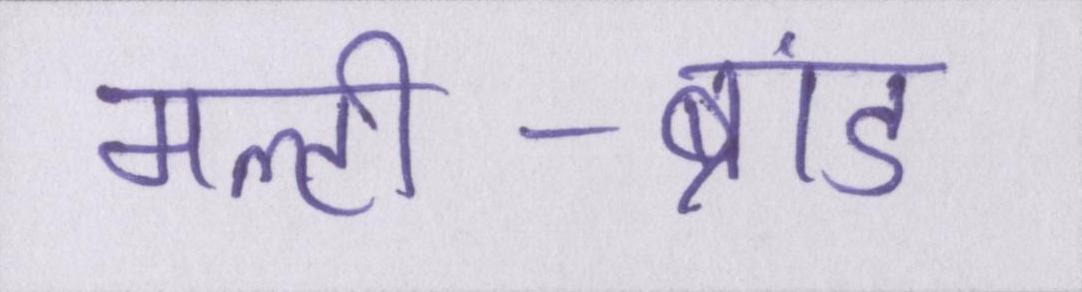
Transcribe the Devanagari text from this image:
मल्टी-ब्रांड